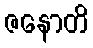
ဇနောတိ